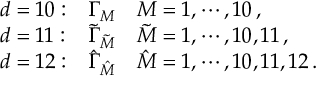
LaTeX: \begin{array} { l l l } { { d = 1 0 : } } & { { \Gamma _ { M } } } & { { M = 1 , \cdots , 1 0 \, , } } \\ { { d = 1 1 : } } & { { { \tilde { \Gamma } } _ { \tilde { M } } } } & { { { \tilde { M } } = 1 , \cdots , 1 0 , 1 1 \, , } } \\ { { d = 1 2 : } } & { { { \hat { \Gamma } } _ { \hat { M } } } } & { { { \hat { M } } = 1 , \cdots , 1 0 , 1 1 , 1 2 \, . } } \end{array}